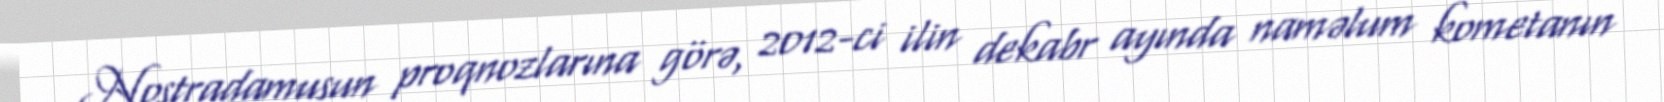
Nostradamusun proqnozlarına görə, 2012-ci ilin dekabr ayında naməlum kometanın